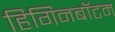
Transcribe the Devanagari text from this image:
हिगिनबॉटम